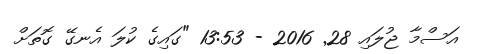
އަސްމާ ޖުލައި 28